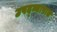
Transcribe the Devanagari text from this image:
उपद्व्यापात